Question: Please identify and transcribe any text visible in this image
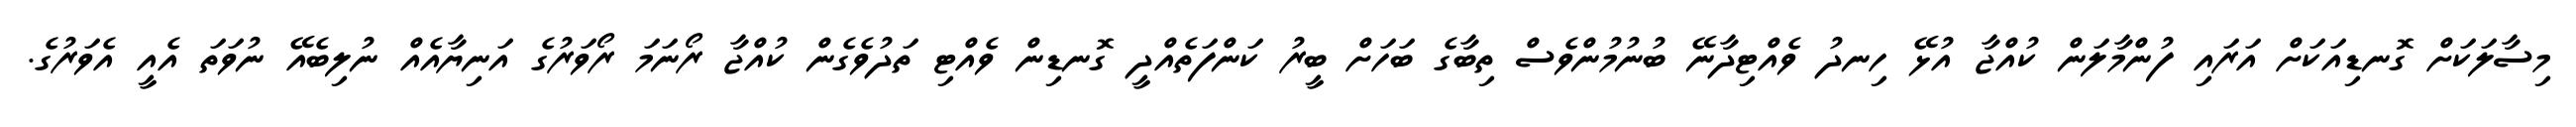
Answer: މިސާލަކަށް ގޮނޑިއަކަށް އަރައި ފުންމާލަން ކުއްޖާ އުޅޭ ހިނދު ވެއްޓިދާނޭ ބުނުމުންވެސް ތިބާގެ ބަހަށް ބީރު ކަންފަތެއްދީ ގޮނޑިން ވެއްޓި ތަދުވެގެން ކުއްޖާ ރޯނަމަ ރޯވަރުގެ އަނިޔާއެއް ނުލިބެއޭ ނުވަތަ އެއީ އެވަރުގެ.